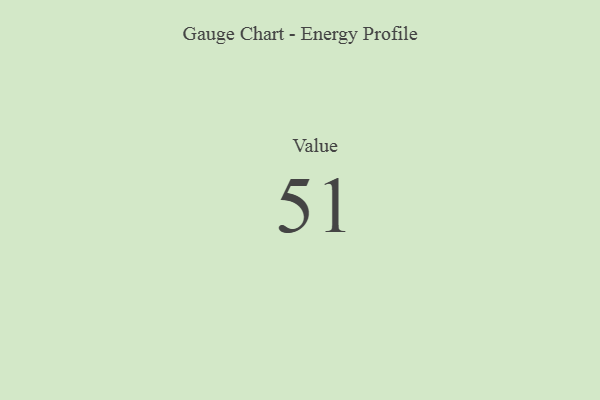
{"axis": {"x": "Metric", "y": "Value"}, "legend": [""], "data": [{"x": "Value", "y": 51, "type": ""}]}